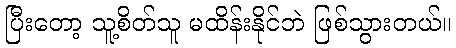
ပြီးတော့ သူ့စိတ်သူ မထိန်းနိုင်ဘဲ ဖြစ်သွားတယ်။